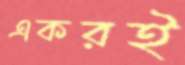
একরই